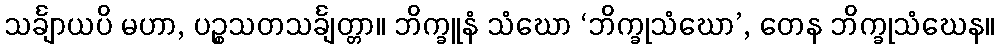
သင်္ချာယပိ မဟာ, ပဉ္စသတသင်္ချတ္တာ။ ဘိက္ခူနံ သံဃော ‘ဘိက္ခုသံဃော’, တေန ဘိက္ခုသံဃေန။